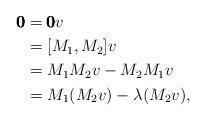
LaTeX: \begin{align*}\pmb{0} & = \pmb{0}v \\ & = [M_1,M_2]v \\ & = M_1M_2v-M_2M_1v \\ & = M_1(M_2v)-\lambda(M_2v),\end{align*}